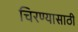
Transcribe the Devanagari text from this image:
चिरण्यासाठी